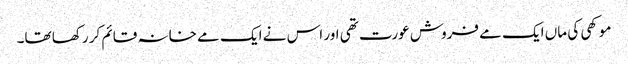
موکھی کی ماں ایک مے فروش عورت تھی اور اس نے ایک مے خانہ قائم کر رکھا تھا۔